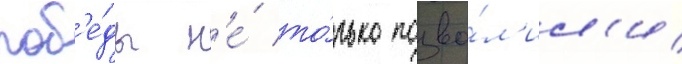
поб'е́ды н'е́ то́лько позво́л'ил'и